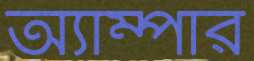
অ্যাম্পার